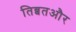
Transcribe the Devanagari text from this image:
तिब्बतऔर